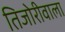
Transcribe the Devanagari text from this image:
तिजोरीवाला